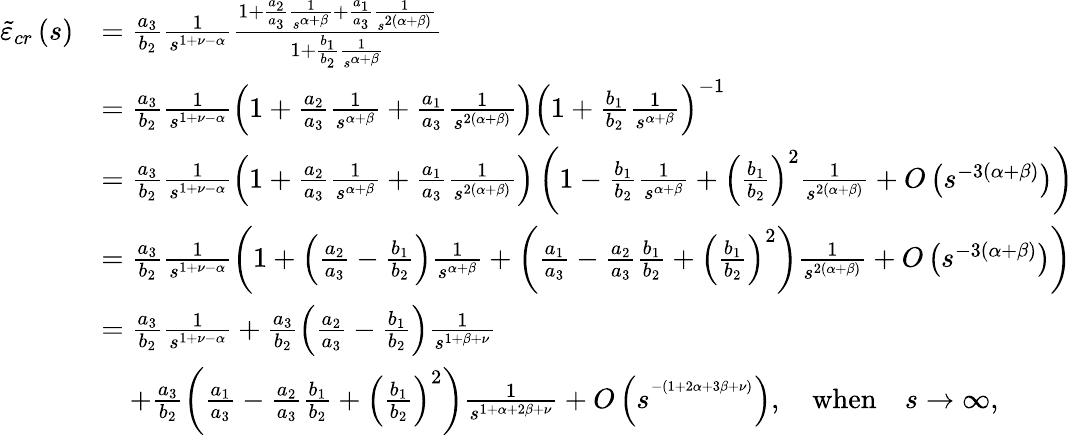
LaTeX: \begin{array}{rl}{\tilde{\varepsilon}_{cr}\left(s\right)}&{=\frac{a_{3}}{b_{2}}\frac{1}{s^{1+\nu-\alpha}}\frac{1+\frac{a_{2}}{a_{3}}\frac{1}{s^{\alpha+\beta}}+\frac{a_{1}}{a_{3}}\frac{1}{s^{2\left(\alpha+\beta\right)}}}{1+\frac{b_{1}}{b_{2}}\frac{1}{s^{\alpha+\beta}}}}\\ &{=\frac{a_{3}}{b_{2}}\frac{1}{s^{1+\nu-\alpha}}\left(1+\frac{a_{2}}{a_{3}}\frac{1}{s^{\alpha+\beta}}+\frac{a_{1}}{a_{3}}\frac{1}{s^{2\left(\alpha+\beta\right)}}\right)\left(1+\frac{b_{1}}{b_{2}}\frac{1}{s^{\alpha+\beta}}\right)^{-1}}\\ &{=\frac{a_{3}}{b_{2}}\frac{1}{s^{1+\nu-\alpha}}\left(1+\frac{a_{2}}{a_{3}}\frac{1}{s^{\alpha+\beta}}+\frac{a_{1}}{a_{3}}\frac{1}{s^{2\left(\alpha+\beta\right)}}\right)\left(1-\frac{b_{1}}{b_{2}}\frac{1}{s^{\alpha+\beta}}+\left(\frac{b_{1}}{b_{2}}\right)^{2}\frac{1}{s^{2\left(\alpha+\beta\right)}}+O\left(s^{-3\left(\alpha+\beta\right)}\right)\right)}\\ &{=\frac{a_{3}}{b_{2}}\frac{1}{s^{1+\nu-\alpha}}\left(1+\left(\frac{a_{2}}{a_{3}}-\frac{b_{1}}{b_{2}}\right)\frac{1}{s^{\alpha+\beta}}+\left(\frac{a_{1}}{a_{3}}-\frac{a_{2}}{a_{3}}\frac{b_{1}}{b_{2}}+\left(\frac{b_{1}}{b_{2}}\right)^{2}\right)\frac{1}{s^{2\left(\alpha+\beta\right)}}+O\left(s^{-3\left(\alpha+\beta\right)}\right)\right)}\\ &{=\frac{a_{3}}{b_{2}}\frac{1}{s^{1+\nu-\alpha}}+\frac{a_{3}}{b_{2}}\left(\frac{a_{2}}{a_{3}}-\frac{b_{1}}{b_{2}}\right)\frac{1}{s^{1+\beta+\nu}}}\\ &{\quad+\frac{a_{3}}{b_{2}}\left(\frac{a_{1}}{a_{3}}-\frac{a_{2}}{a_{3}}\frac{b_{1}}{b_{2}}+\left(\frac{b_{1}}{b_{2}}\right)^{2}\right)\frac{1}{s^{1+\alpha+2\beta+\nu}}+O\left(s^{^{-\left(1+2\alpha+3\beta+\nu\right)}}\right),\quad\mathrm{when}\quad s\rightarrow\infty\mathrm{,}}\end{array}